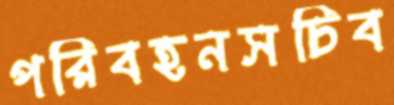
পরিবহনসচিব